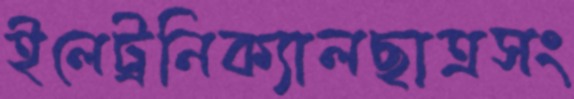
ইলেট্রনিক্যালছাত্রসং